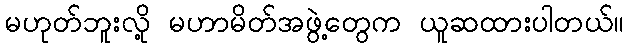
မဟုတ်ဘူးလို့ မဟာမိတ်အဖွဲ့တွေက ယူဆထားပါတယ်။